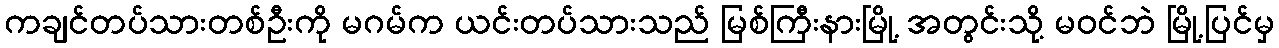
ကချင်တပ်သားတစ်ဦးကို မဂမ်က ယင်းတပ်သားသည် မြစ်ကြီးနားမြို့ အတွင်းသို့ မဝင်ဘဲ မြို့ပြင်မှ